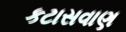
કટાસવાણ